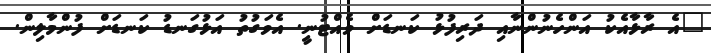
"އެ ރާޅާއެކު އަންހެނުންނާއި ދަރިފުޅު ކަނޑަށް ވެއްޓުނީ. އެވަގުތު އަޅުގަނޑު ކަނޑަށް ފުންމާލިން.